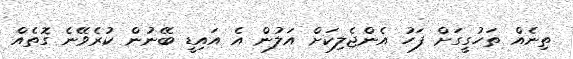
ތިނެއް ތަހުގީގަށް ފަހު އެންޖެލިކަށް އަލުން އެ އައިޑީ ބޭނުން ކުރެވޭނެ ގޮތެއް